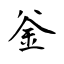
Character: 釡